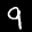
Label: 9